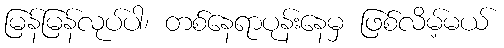
မြန်မြန်လုပ်ပါ၊ တစ်နေရာပုန်းနေမှ ဖြစ်လိမ့်မယ်